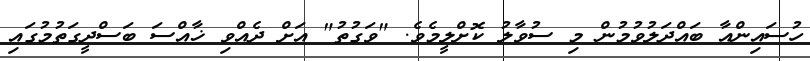
ހުސައިންއާ ބައްދަލުވުމުން މި ސުވާލު ކޮށްލީމެވެ. "ވަގުތު" އަށް ދެއްވި ޚާއްސަ ބަސްދީގަތުމުގައި